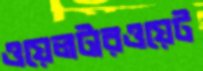
ওয়েলটারওয়েট